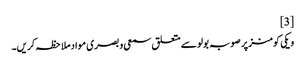
[3]
ویکی کومنز پر صوبہ بولو سے متعلق سمعی و بصری مواد ملاحظہ کریں۔